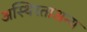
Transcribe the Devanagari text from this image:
अस्थिरताअन्य